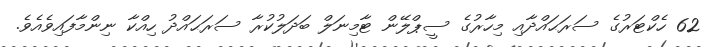
62 ހެކްޓަރުގެ ސަރަޙައްދާއި މިހާރުގެ ސީޕްލޭން ޓާމިނަލް ބަދަލުކުރާ ސަރަޙައްދު ހިއްކާ ނިންމާފައިވެއެވެ.